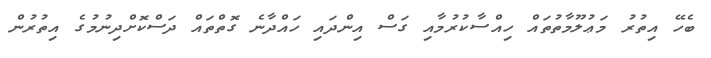
ބެހޭ އިތުރު މަޢުލޫމާތުތައް ހިއްސާކުރުމާއި ގަސް އިންދައި ހައްދާނެ ގޮތްތައް ދަސްކޮށްދިނުމުގެ އިތުރުން